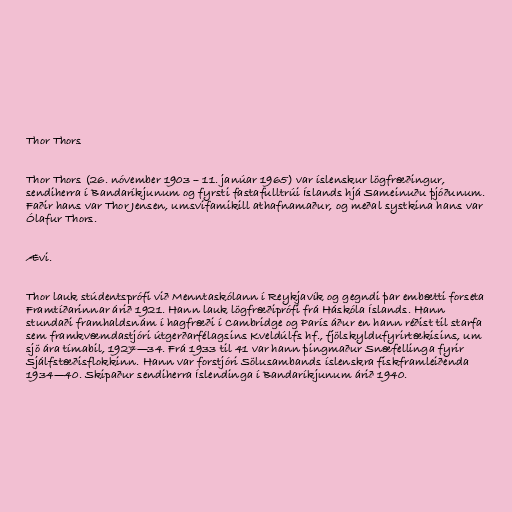
Thor Thors

Thor Thors (26. nóvember 1903 – 11. janúar 1965) var íslenskur lögfræðingur,
sendiherra í Bandaríkjunum og fyrsti fastafulltrúi Íslands hjá Sameinuðu þjóðunum.
Faðir hans var Thor Jensen, umsvifamikill athafnamaður, og meðal systkina hans var
Ólafur Thors.

Ævi.

Thor lauk stúdentsprófi við Menntaskólann í Reykjavík og gegndi þar embætti forseta
Framtíðarinnar árið 1921. Hann lauk lögfræðiprófi frá Háskóla Íslands. Hann
stundaði framhaldsnám í hagfræði í Cambridge og París áður en hann réðist til starfa
sem framkvæmdastjóri útgerðarfélagsins Kveldúlfs hf., fjölskyldufyrirtækisins, um
sjö ára tímabil, 1927—34. Frá 1933 til 41 var hann þingmaður Snæfellinga fyrir
Sjálfstæðisflokkinn. Hann var forstjóri Sölusambands íslenskra fiskframleiðenda
1934—40. Skipaður sendiherra Íslendinga í Bandaríkjunum árið 1940.